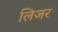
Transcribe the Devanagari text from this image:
लिजर